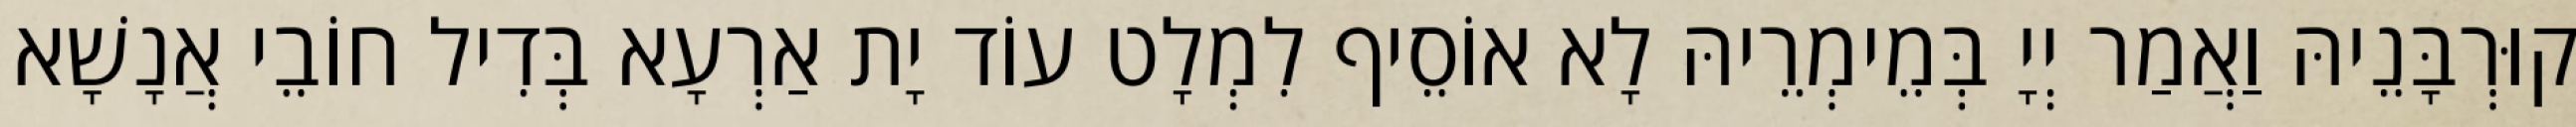
קוּרְבָּנֵיהּ וַאֲמַר יְיָ בְּמֵימְרֵיהּ לָא אוֹסֵיף לִמְלָט עוֹד יָת אַרְעָא בְּדִיל חוֹבֵי אֲנָשָׁא